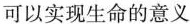
可以实现生命的意义